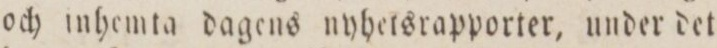
och inhemta dagens nyhetsrapporter, under det